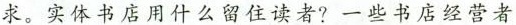
求。实体书店用什么留住读者?一些书店经营者